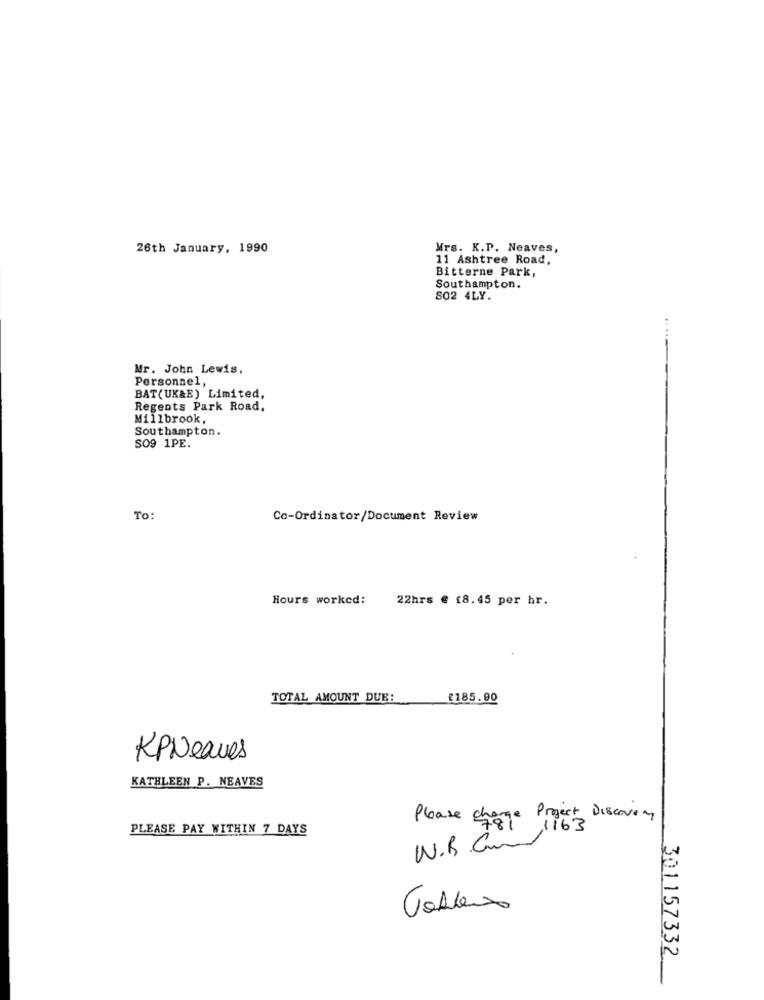
26th January, 1990
Mrs. K.P. Neaves,
11 Ashtree Road,
Bitterne Park,
Southampton.
S02 4LY.
Mr. John Lewis,
Personnel,
BAT(UK&E) Limited,
Regents Park Road.
Millbrook,
Southampton.
SO9 1PE.
To:
Co-Ordinator/Document Review
Hours worked:
22hrs @ 18.45 per hr.
TOTAL AMOUNT DUE:
£185.00
KPNeaves
KATHLEEN P. NEAVES
Please charge Project Discovery
PLEASE PAY WITHIN 7 DAYS
1163
N.B.C.
301157332